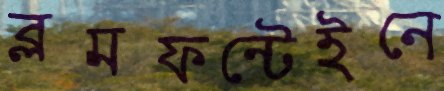
ব্লমফন্টেইনে